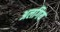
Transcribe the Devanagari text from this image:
अलगिय